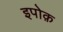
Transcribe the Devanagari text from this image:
इपोक़